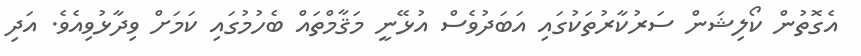
އެގޮތުން ކޯލިޝަން ސަރުކާރުތަކުގައި އަބަދުވެސް އުޅޭނީ މަޤާމްތައް ބެހުމުގައި ކަމަށް ވިދާޅުވިއެވެ. އަދި